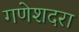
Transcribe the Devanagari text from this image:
गणेशदरा